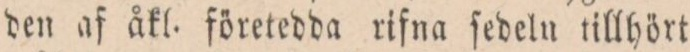
den af åkl. företedda rifna ſedeln tillhört